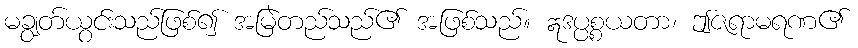
မချွတ်ယွင်းသည်ဖြစ်၍ အမြဲတည်သည်၏ အဖြစ်သည်။ ဣဒပ္ပစ္စယတာ၊ ဤဇရာမရဏ၏